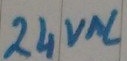
Text: 24VAC